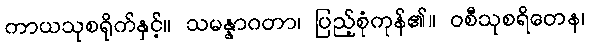
ကာယသုစရိုက်နှင့်။ သမန္နာဂတာ၊ ပြည့်စုံကုန်၏။ ဝစီသုစရိတေန၊